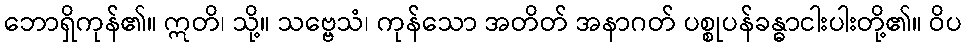
ဘောရှိကုန်၏။ ဣတိ၊ သို့။ သဗ္ဗေသံ၊ ကုန်သော အတိတ် အနာဂတ် ပစ္စုပန်ခန္ဓာငါးပါးတို့၏။ ဝိပ